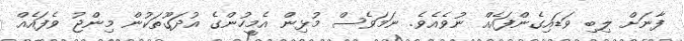
ފާނަށް ލިބި ވަޑައިގެންފައެއް ނުވެއެވެ. ނަމަވެސް މުޅިން އެމީހުންގެ އުދަގޫތަކުން މިންޖު ވެފައެއް